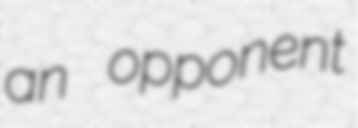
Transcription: an opponent